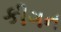
કીગન